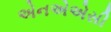
એનએએસી